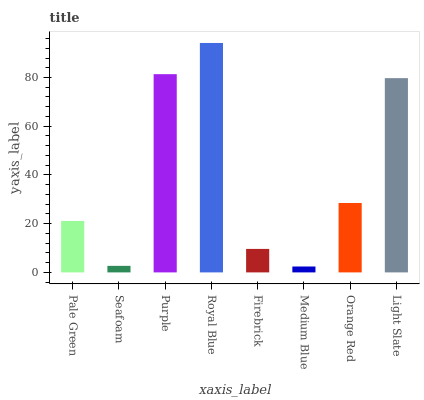
| xaxis_label | bars |
 | --- | --- |
 | Pale Green | 21.1 |
 | Seafoam | 2.69 |
 | Purple | 81.4 |
 | Royal Blue | 94.2 |
 | Firebrick | 9.64 |
 | Medium Blue | 2.42 |
 | Orange Red | 28.5 |
 | Light Slate | 79.7 |